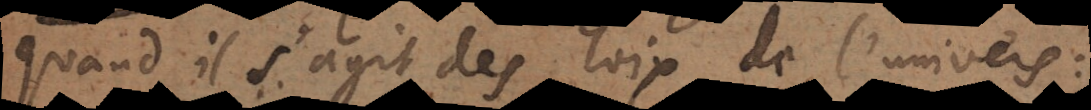
quand il s’agit des loix de l’univers: